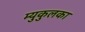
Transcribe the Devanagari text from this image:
म्युकुलका